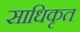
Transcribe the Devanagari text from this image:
साधिकृत